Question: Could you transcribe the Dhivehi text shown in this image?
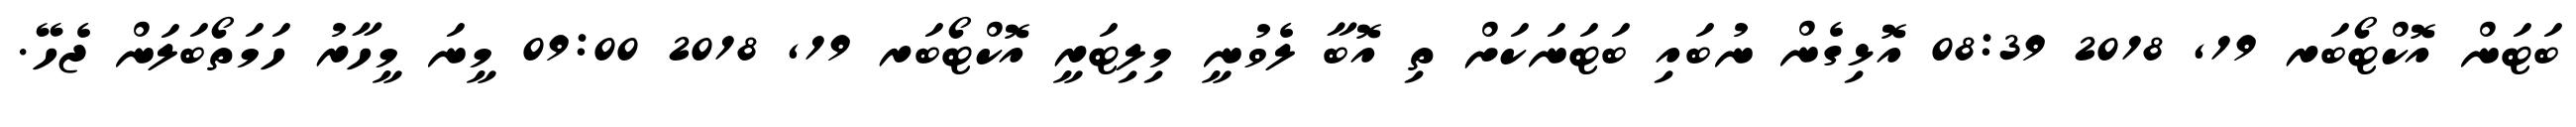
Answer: ބަޓަން އޮކްޓޯބަރ 19, 2018 08:39 އޮޅިގެން ނުބައި ބަޓަނަކަށް ތި އޮބާ ލެވުނީ މިލިޓަރީ އޮކްޓޯބަރ 19, 2018 09:00 މީނަ މީހާރު ހަމަތޯބަލަން ޖެހޭ.